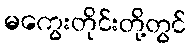
မကွေးတိုင်းတို့တွင်